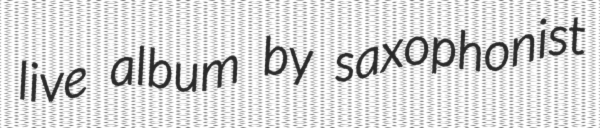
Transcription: live album by saxophonist